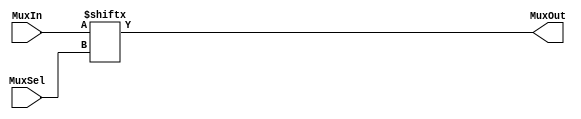
`timescale 1ns / 1ps
//////////////////////////////////////////////////////////////////////////////////
// Company: 
// Engineer: 
// 
// Design Name: 
// Module Name: nbit_mux
// Project Name: 
// Target Devices: 
// Tool Versions: 
// Description: 
// 
// Dependencies: 
// 
// Revision:
// Revision 0.01 - File Created
// Additional Comments:
// 
//////////////////////////////////////////////////////////////////////////////////


module nbit_mux(MuxIn,   // Mux input: 2^SELECT_WIDTH bits.
                MuxOut,  // Mux output: 1 bit.
					 MuxSel); // Mux select lines: SELECT_WIDTH bits.

// Specifies the select line width.
parameter SELECT_WIDTH = 3;

//-------------Input Ports-----------------------------
input  [2 ** SELECT_WIDTH-1:0] MuxIn;
input  [SELECT_WIDTH-1:0] MuxSel;
//-------------Output Ports----------------------------
output MuxOut;
//-------------Wires-----------------------------------
//-------------Other-----------------------------------
//------------Code Starts Here-------------------------
assign MuxOut = MuxIn[MuxSel];
endmodule